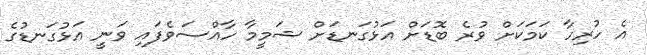
އެ ހުރިހާ ކަމަކަށް ވުރެ ބޮޑަށް އަޅުގަނޑަށް ޝަމީމާ ހާއްސަވެފައި ވަނީ އަޅުގަނޑުގެ